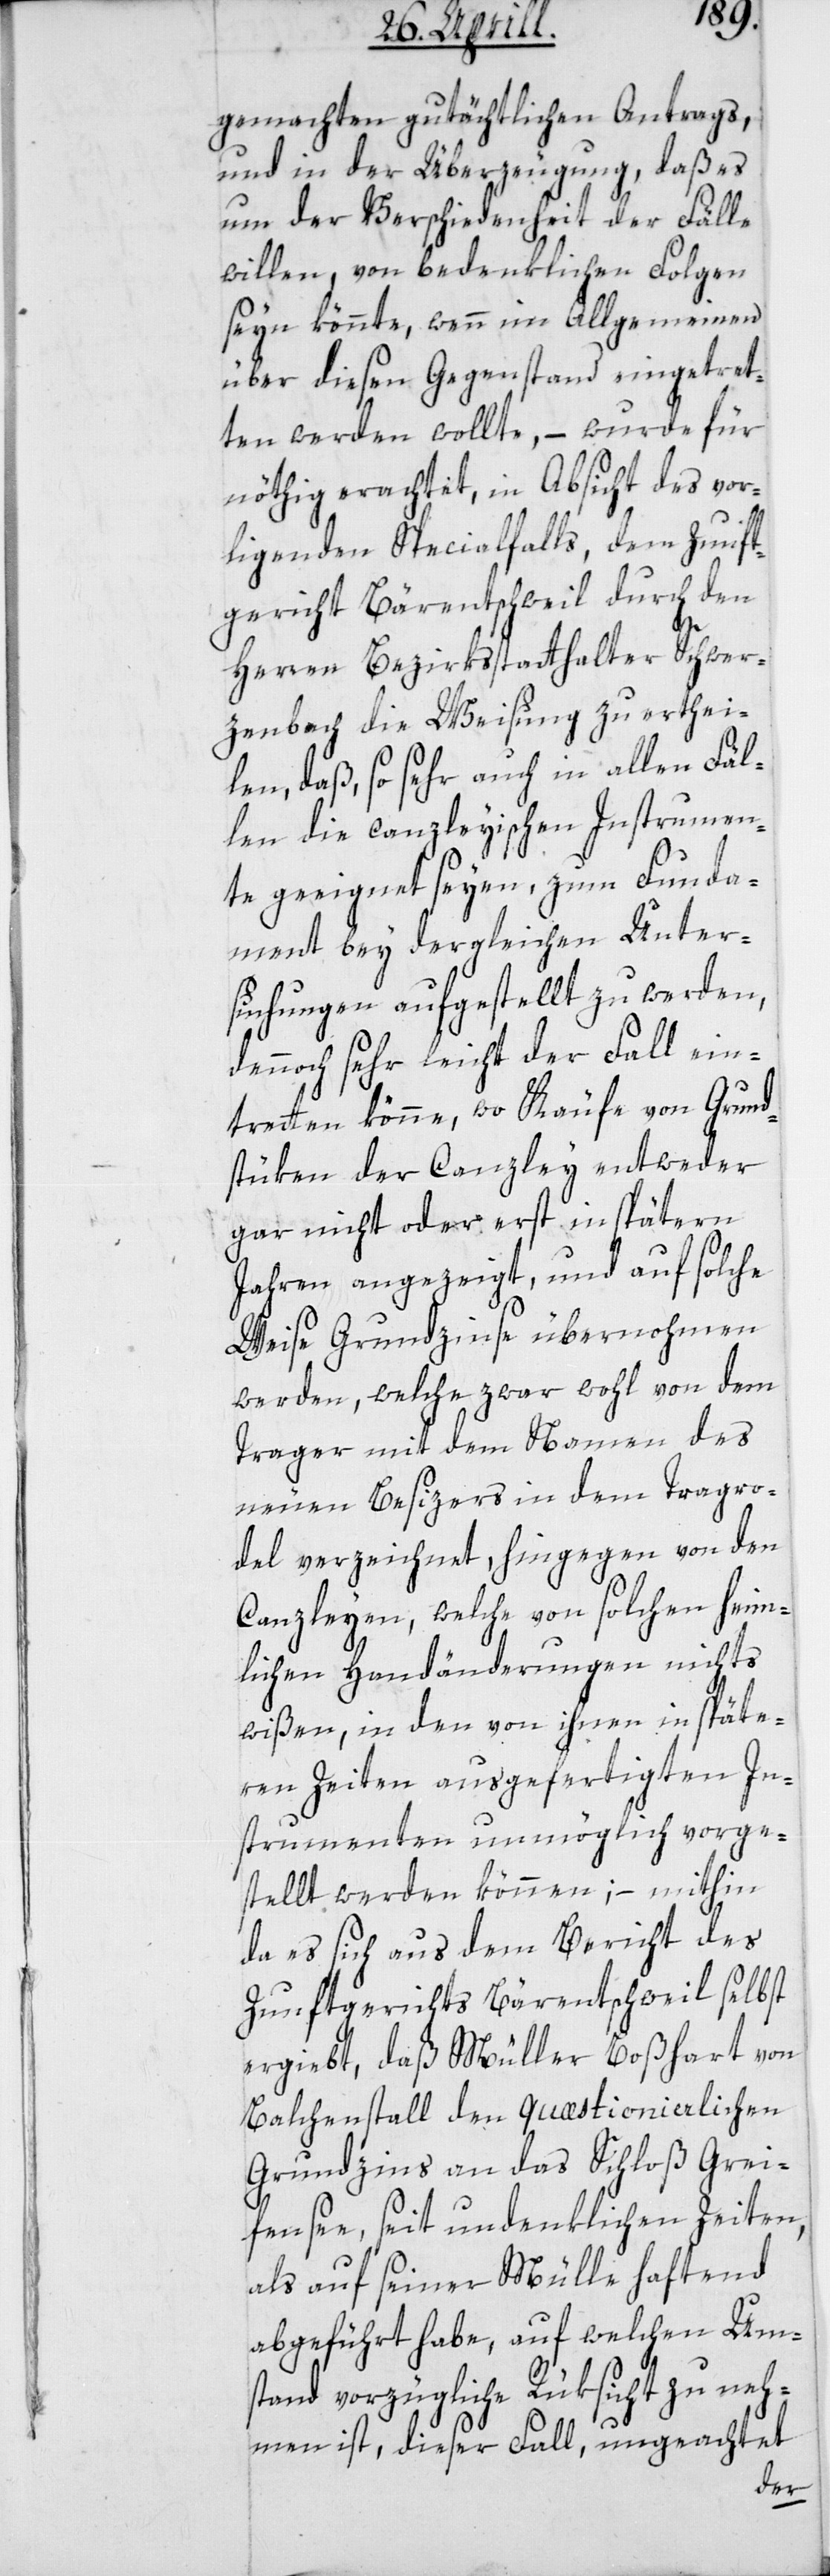
gemachten gutächtlichen Antrags,
und in der Überzeugung, daß es
um der Verschiedenheit der Fälle
willen, von bedenklichen Folgen
seyn könnte, wenn im Allgemeinen
über diesen Gegenstand eingetret¬
ten werden wollte, – wurde für
nöthig erachtet, in Absicht des vor¬
liegenden Specialfalls, dem Zunft¬
gericht Bärentschweil durch den
Herren Bezirksstatthalter Schwer¬
zenbach die Weisung zu erthei¬
len, daß so sehr auch in allen Fäl¬
len die canzleyischen Instrumen¬
te geeignet seyen, zum Funda¬
ment bey dergleichen Unter¬
suchungen aufgestellt zu werden,
dennoch sehr leicht der Fall ein¬
tretten könne, wo Käufe von Grund¬
stüken der Canzley entweder
gar nicht oder erst in spätern
Jahren angezeigt, und auf solche
Weise Grundzinse übernohmen
werden, welche zwar wohl von dem
Trager mit dem Namen des
neuen Besizers in dem Tragro¬
del verzeichnet, hingegen von den
Canzleyen, welche von solchen heim¬
lichen Handänderungen nichts
wißen, in den von ihnen in späte¬
ren Zeiten ausgefertigten In¬
strumenten unmöglich vorge¬
stellt werden können; – mithin
da es sich aus dem Bericht des
Zunftgerichts Bärentschweil selbst
ergiebt, daß Müller Boßhart von
Balchenstall den quæstionierlichen
Grundzins an das Schloß Grei¬
fensee, seit undenklichen Zeiten,
als auf seiner Mülle haftend
abgeführt habe, auf welchen Um¬
stand vorzügliche Rüksicht zu neh¬
men ist, dieser Fall, ungeachtet